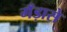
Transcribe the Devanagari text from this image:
गँड़ासे